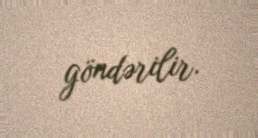
göndərilir.